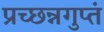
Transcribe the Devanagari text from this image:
प्रच्छन्नगुप्तं